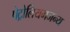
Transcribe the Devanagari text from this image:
पेट्रोलियमजन्य